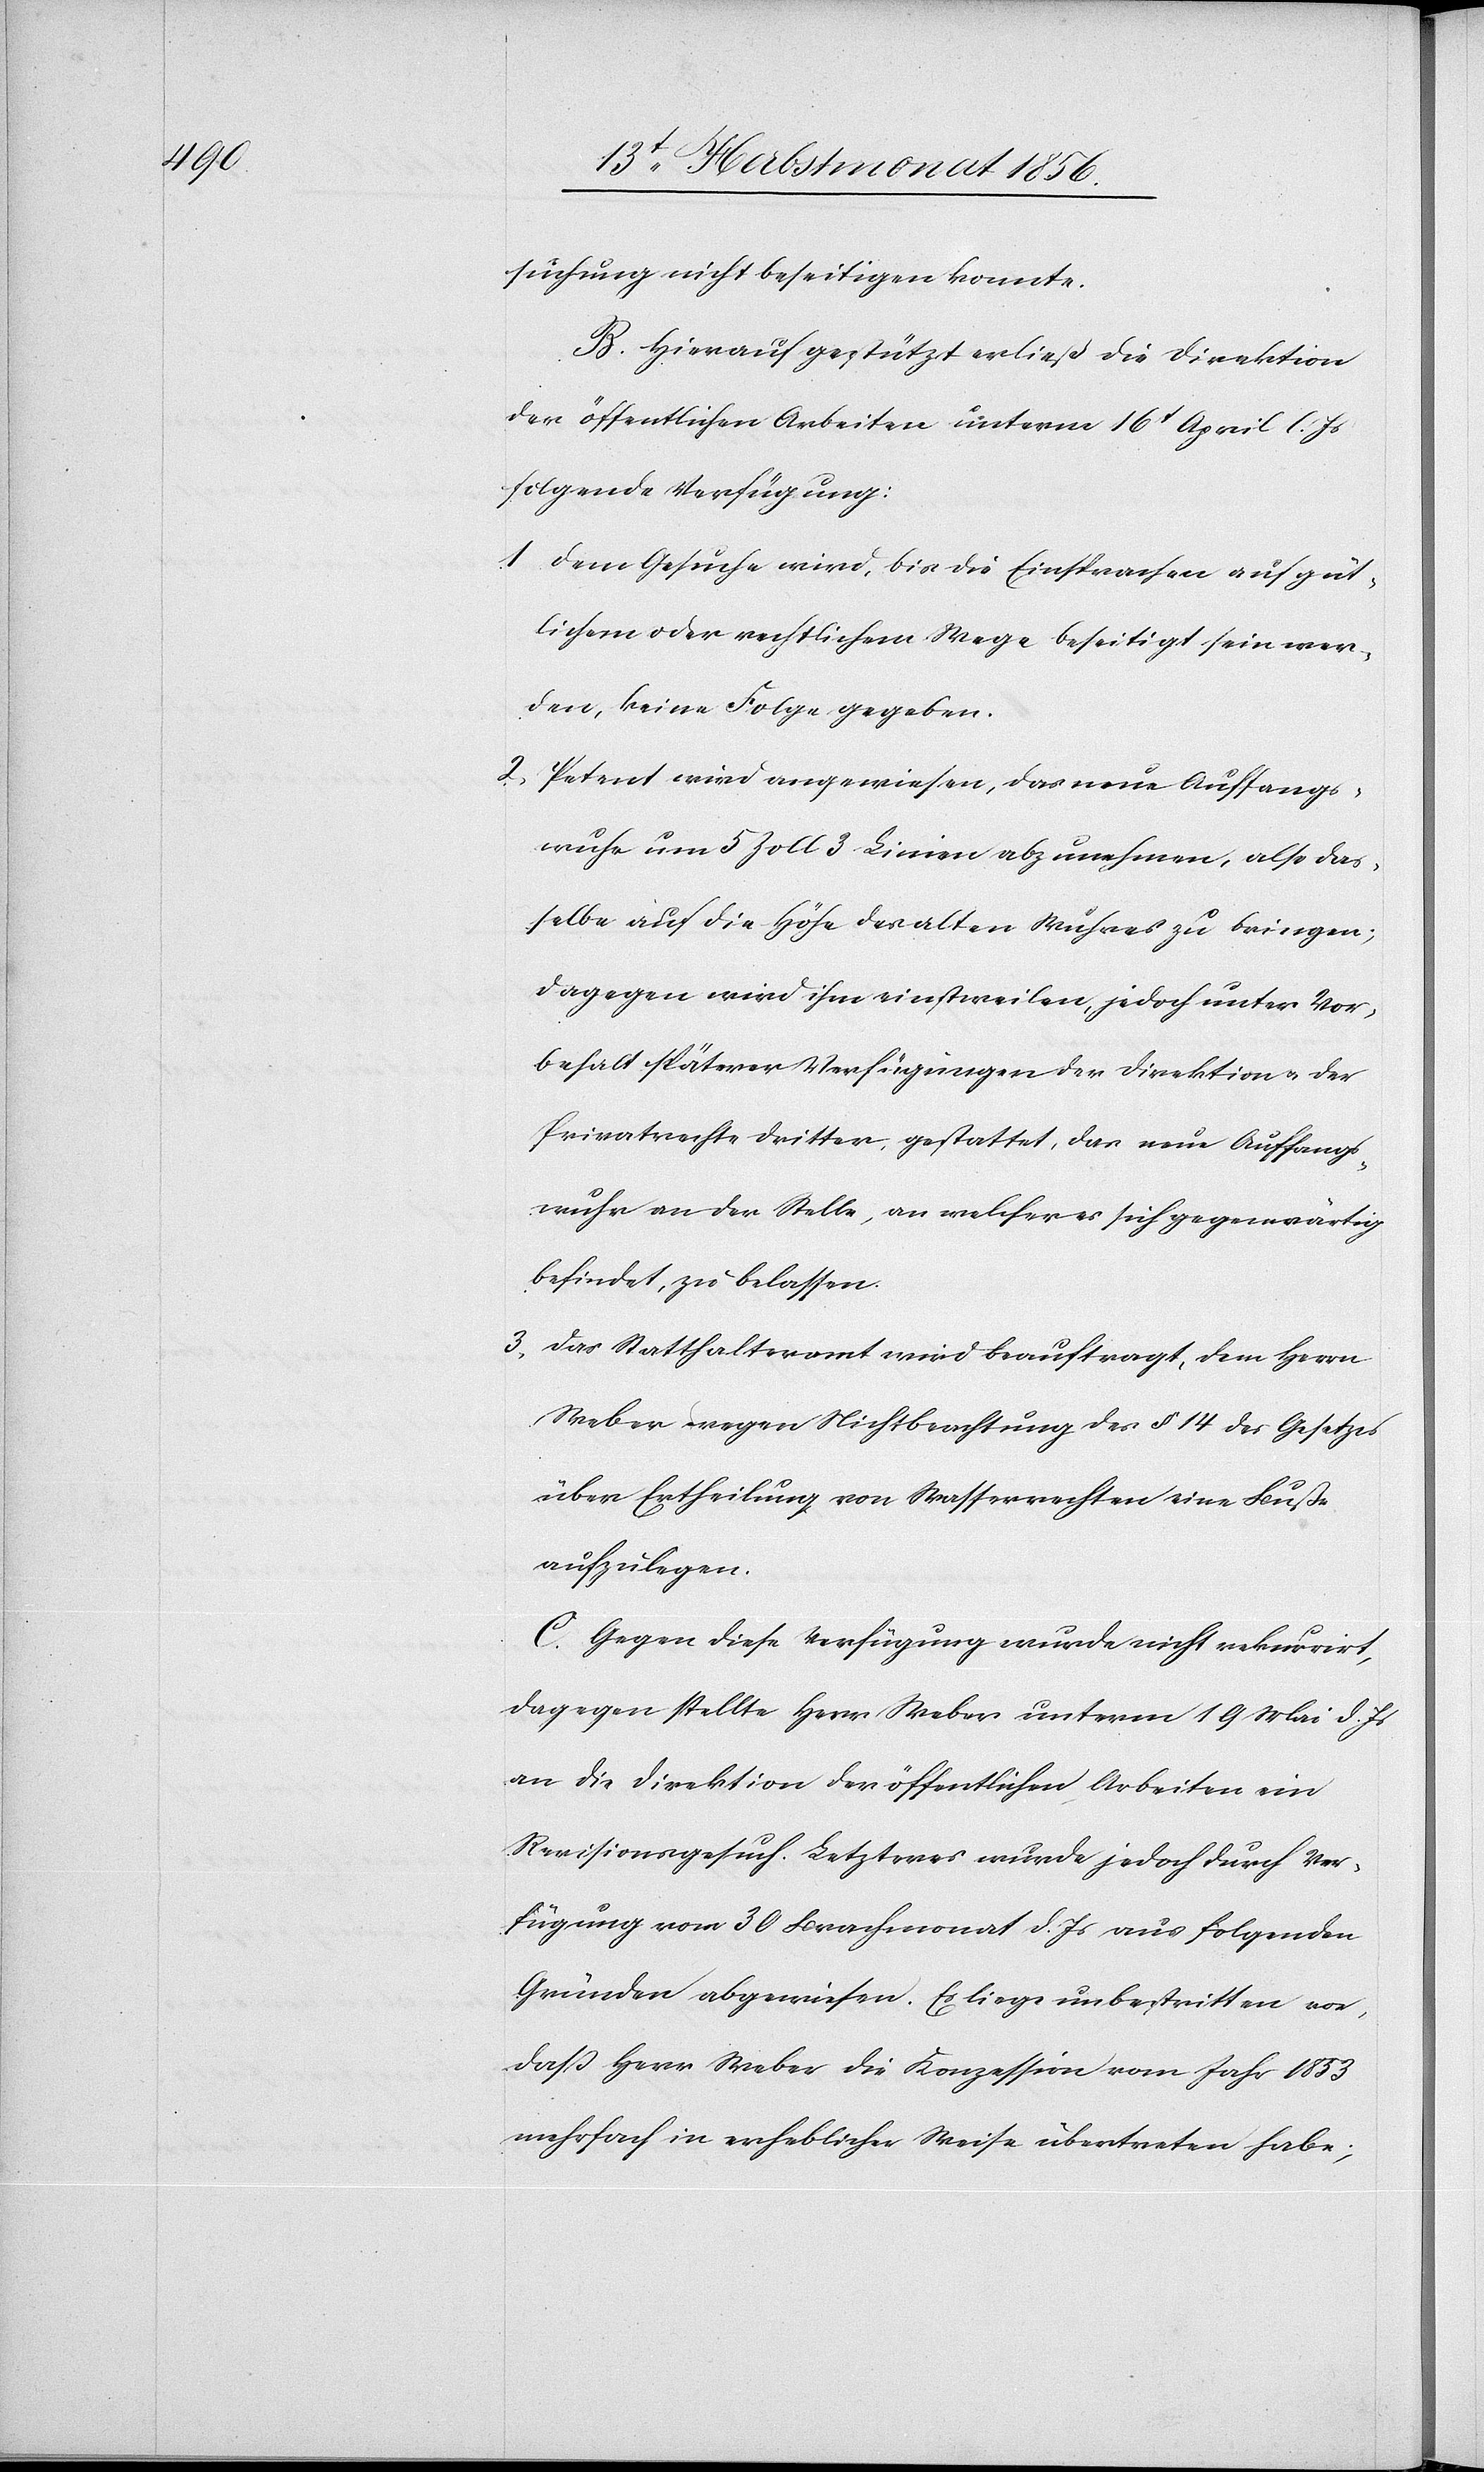
suchung nicht beseitigen konnte.
B. Hierauf gestützt erließ die Direktion
der öffentlichen Arbeiten unterm 16t April l. Js
folgende Verfügung:
1) Dem Gesuche wird, bis die Einsprachen auf güt¬
lichem oder rechtlichem Wege beseitigt sein wer¬
den, keine Folge gegeben.
2) Petent wird angewiesen, das neue Auffangs¬
wuhr um 5 Zoll 3 Linien abzunehmen, also das¬
selbe auf die Höhe des alten Wuhres zu bringen;
dagegen wird ihm einstweilen, jedoch unter Vor¬
behalt späterer Verfügungen der Direktion u. der
Privatrechte dritter, gestattet, das neue Auffangs¬
wuhr an der Stelle, an welcher es sich gegenwärtig
befindet, zu belassen.
3) Das Statthalteramt wird beauftragt, dem Herrn
Weber wegen Nichtbeachtung des § 14 des Gesetzes
über Ertheilung von Wasserrechten eine Buße
aufzulegen.
C. Gegen diese Verfügung wurde nicht rekurrirt,
dagegen stellte Herr Weber unterm 19 Mai d. Js
an die Direktion der öffentlichen Arbeiten ein
Revisionsgesuch. Letzteres wurde jedoch durch Ver¬
fügung vom 30 Brachmonat d. Js aus folgenden
Gründen abgewiesen. Es liege unbestritten vor,
dass Herr Weber die Konzession vom Jahr 1853
mehrfach in erheblicher Weise übertreten habe;